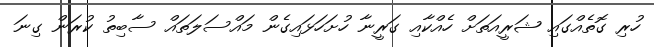
ހުރި ގޮތެއްގައި ޝަރީއަތަށް ހެއްކާއި ގަރީނާ ހުށަހަޅައިގެން މައްސަލަތައް ސާބިތު ކުރަން ގިނަ